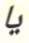
يا